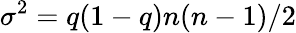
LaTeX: \sigma^{2}=q(1-q)n(n-1)/2